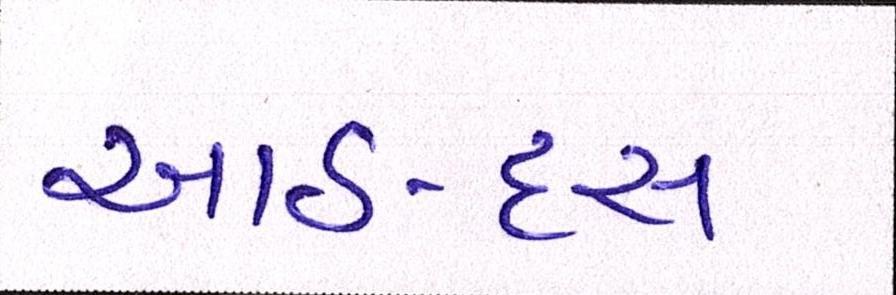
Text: આઠ-દસ